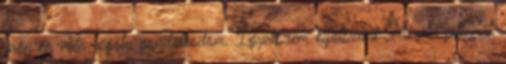
erőn én már régóta gondolkodom. Igyekszem kijátszani Mirubi jellemét,